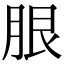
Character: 𦚣